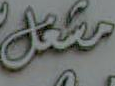
مقتل